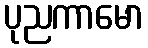
ပုညကာမော